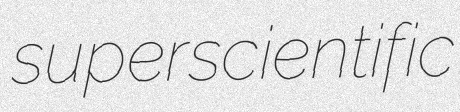
superscientific